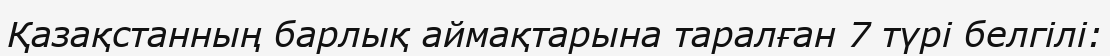
Қазақстанның барлық аймақтарына таралған 7 түрі белгілі: